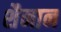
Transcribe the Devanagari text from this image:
शैनान